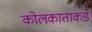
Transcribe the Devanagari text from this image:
कोलकाताकडे